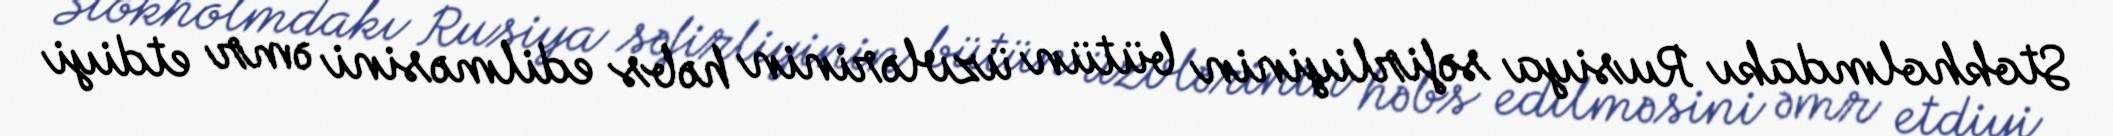
Stokholmdakı Rusiya səfirliyinin bütün üzvlərinin həbs edilməsini əmr etdiyi